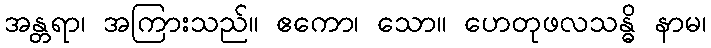
အန္တရာ၊ အကြားသည်။ ဧကော၊ သော။ ဟေတုဖလသန္ဓိ နာမ၊